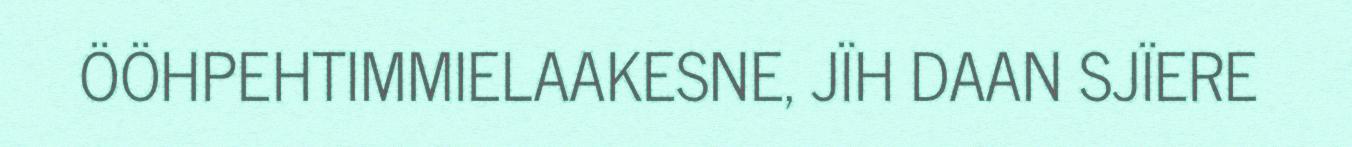
ÖÖHPEHTIMMIELAAKESNE, JÏH DAAN SJÏERE